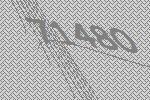
71480